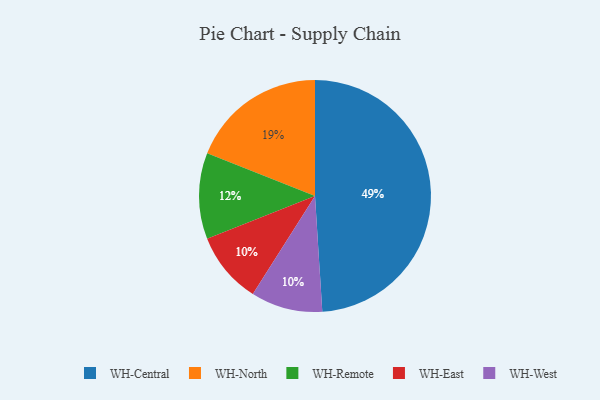
{"axis": {"x": "Category", "y": "Percentage"}, "legend": ["WH-Central", "WH-East", "WH-North", "WH-Remote", "WH-West"], "data": [{"x": "WH-North", "y": 19, "type": "WH-North"}, {"x": "WH-East", "y": 10, "type": "WH-East"}, {"x": "WH-Central", "y": 49, "type": "WH-Central"}, {"x": "WH-West", "y": 10, "type": "WH-West"}, {"x": "WH-Remote", "y": 12, "type": "WH-Remote"}]}